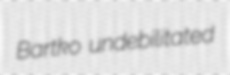
Bartko undebilitated